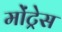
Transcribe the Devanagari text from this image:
मोंट्रेस